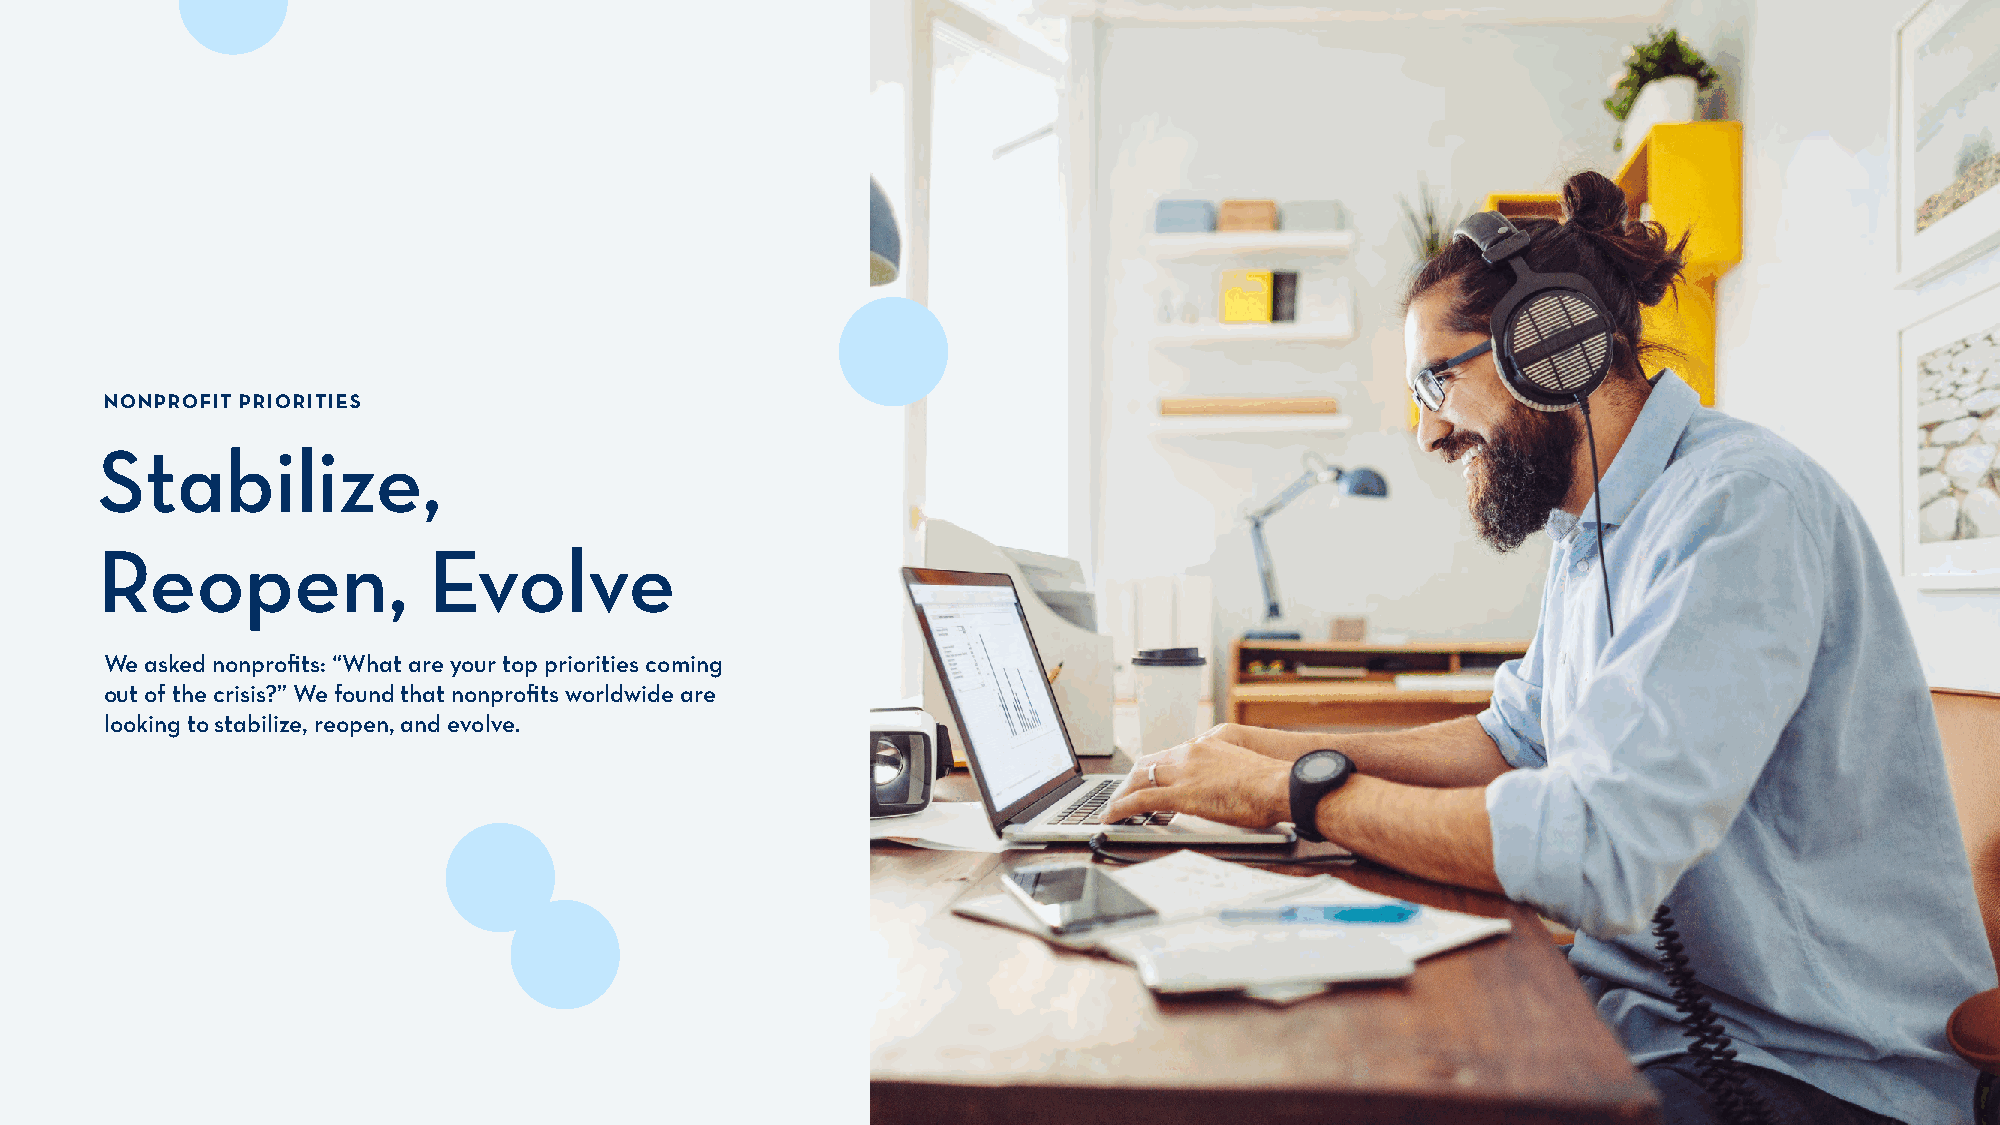
NONPROFIT PRIORITIES
 Stabilize,
 Reopen,               Evolve
 We asked nonprofits: “What are your top priorities coming
 out of the crisis?” We found that nonprofits worldwide are
 looking to stabilize, reopen, and evolve.